Reports on dispensaries and lunatic asylums in the Province of Oudh - 1869-1876
Year: 1869
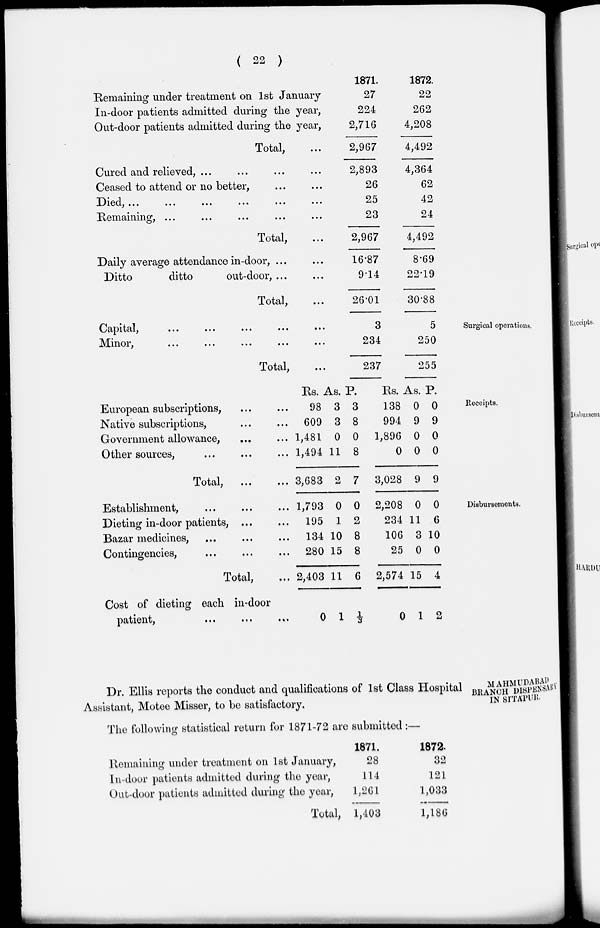
( 22 )
Remaining under treatment on 1st January
In-door patients admitted during the year,
Out-door patients admitted during the year,
Total, ...
Cured and relieved, ... ... ... ...
Ceased to attend or no better, ... ...
Died, ... ... ... ... ...
Remaining, ... ... ... ...
Total, ...
Daily average attendance in-door, ... ...
Ditto
ditto
out-door, ... ...
Total, ...
1871.
27
224
2,716
2,967
2,893
26
25
23
2,967
16.87
9.14
26.01
1872.
22
262
4,208
4,492
4,364
62
42
24
4,492
8.69
22.19
30.88
Surgical operations.
Capital,
...
...
...
...
...
Minor,
...
...
...
...
...
Total, ...
3
234
237
5
250
255
Receipts.
European subscriptions, ... ...
Native subscriptions, ... ...
Government allowance, ... ...
Other sources, ... ... ...
Total,
...
...
Rs.
98
609
1,481
1,494
3,683
As.
3
3
0
11
2
P.
3
8
0
8
7
Rs.
138
994
1,896
0
3,028
As.
0
9
0
0
9
P.
0
9
0
0
9
Disbursements.
Establishment, ... ... ...
Dieting in-door patients, ... ...
Bazar medicines, ... ... ...
Contingencies, ... ... ...
Total, ...
Cost of dieting each in-door
patient,
...
...
...
1,793
195
134
280
2,403
0
0
1
10
15
11
1
0
2
8
8
6
1/3
2,208
234
106
25
2,574
0
0
11
3
0
15
1
0
6
10
0
4
2
MAHMUDABAD
BRANCH DISPENSARY
IN SÍTÁPUR.
Dr. Ellis reports the conduct and qualifications of 1st Class Hospital
Assistant, Motee Misser, to be satisfactory.
The following statistical return for 1871-72 are submitted :—
Remaining under treatment on 1st January,
In-door patients admitted during the year,
Out-door patients admitted during the year,
Total,
1871.
28
114
1,261
1,403
1872.
32
121
1,033
1,186